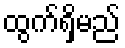
ထွက်ရှိမည်